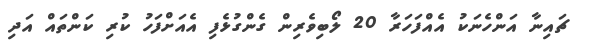
ޗައިނާ އަންހެނަކު އެއްފަހަރާ 20 ލޯބިވެރިން ގެންގުޅެފި އެއަށްފަހު ކުރި ކަންތައް އަދި